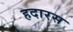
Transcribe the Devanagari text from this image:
हदारस